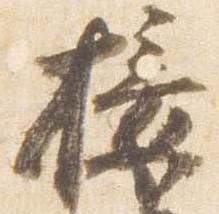
接